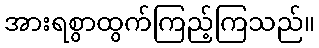
အားရစွာထွက်ကြည့်ကြသည်။